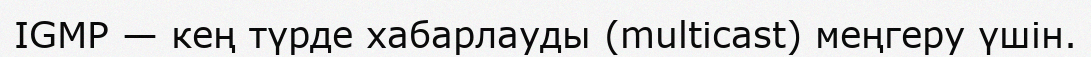
IGMP — кең түрде хабарлауды (multicast) меңгеру үшін.